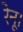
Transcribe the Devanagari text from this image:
रेनू।